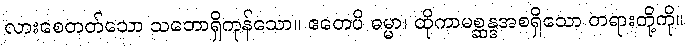
လားစေတတ်သော သဘောရှိကုန်သော။ ဧတေပိ ဓမ္မာ၊ ထိုကာမစ္ဆန္ဒအစရှိသော တရားတို့ကို။